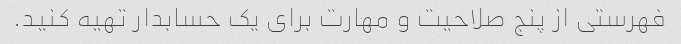
فهرستی از پنج صلاحیت و مهارت برای یک حسابدار تهیه کنید.